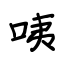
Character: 咦